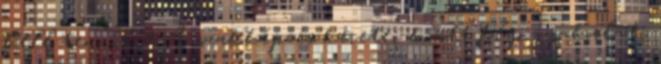
kell tennie. 9 A szakképzés keretei között folyó gyakorlati